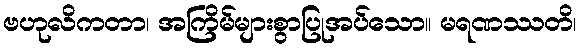
ဗဟုလိကတာ၊ အကြိမ်များစွာပြုအပ်သော။ မရဏဿတိ၊